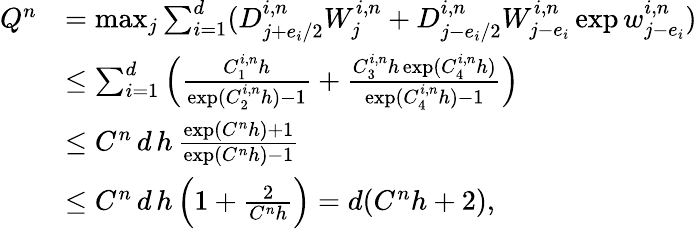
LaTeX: \begin{array}{rl}{Q^{n}}&{=\operatorname*{max}_{j}\sum_{i=1}^{d}(D_{j+e_{i}/2}^{i,n}W_{j}^{i,n}+D_{j-e_{i}/2}^{i,n}W_{j-e_{i}}^{i,n}\exp w_{j-e_{i}}^{i,n})}\\ &{\leq\sum_{i=1}^{d}\Big(\frac{C_{1}^{i,n}h}{\exp(C_{2}^{i,n}h)-1}+\frac{C_{3}^{i,n}h\exp(C_{4}^{i,n}h)}{\exp(C_{4}^{i,n}h)-1}\Big)}\\ &{\leq C^{n}\, d\, h\, \frac{\exp(C^{n}h)+1}{\exp(C^{n}h)-1}}\\ &{\leq C^{n}\, d\, h\, \Big(1+\frac{2}{C^{n}h}\Big)=d(C^{n}h+2),}\end{array}